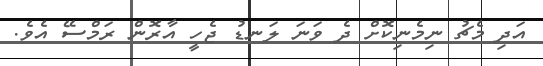
އަދި މެޗު ނިމެނިކޮށް ދެ ވަނަ ލަނޑު ޖެހީ އާރޮން ރަމްސޭ އެވެ.